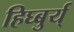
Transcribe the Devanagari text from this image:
हिघ्बुर्य्